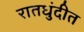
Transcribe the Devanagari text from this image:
रातधुंदीत